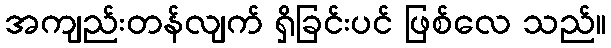
အကျည်းတန်လျက် ရှိခြင်းပင် ဖြစ်လေ သည်။